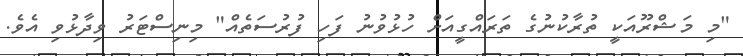
"މި މަޝްރޫއަކީ ތުރާކުނުގެ ތަރައްގީއަށް ހުޅުވުނު ފަހި ފުރުސަތެއް" މިނިސްޓަރު ވިދާޅުވި އެވެ.